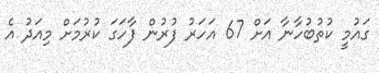
ގައުމީ ކުތުބުހާނާ އަށް 67 އަހަރު ފުރުން ފާހަގަ ކުރުމަށް މިއަދު އެ